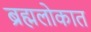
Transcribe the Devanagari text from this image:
ब्रह्मलोकात